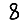
Digit: 8